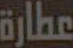
عطارة